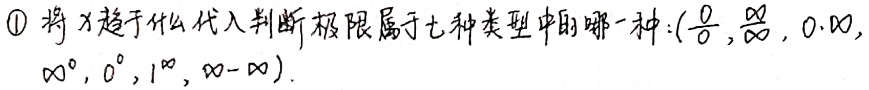
\textcircled{1}将\(x\)趋于什么代入判断极限属于七种类型中的哪一种：\((\frac{0}{0},\frac{\infty}{\infty},0\cdot\infty, \infty^{0}, 0^{0},1^{\infty},\infty - \infty)\)。